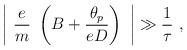
LaTeX: \begin{align*}\left\vert~\frac{e}{m}~\left( B + \frac{\theta_p}{eD} \right)~ \right\vert \gg \frac{1}{\tau}~,\end{align*}